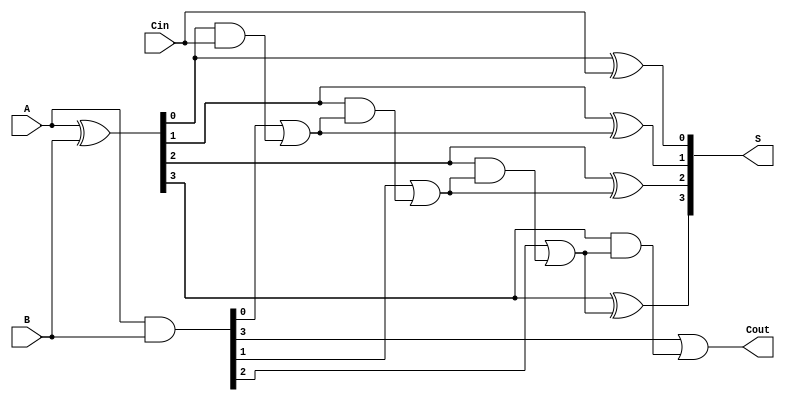
module ParallelPrefixAdder #(parameter N = 4) (
    input  wire [N-1:0] A,      // First n-bit binary number
    input  wire [N-1:0] B,      // Second n-bit binary number
    input  wire Cin,             // Carry-in bit
    output wire [N-1:0] S,       // n-bit sum output
    output wire Cout             // Carry-out bit
);

// Generate and Propagate signals
wire [N-1:0] G; // Generate signals
wire [N-1:0] P; // Propagate signals
wire [N:0] C;   // Carry signals (C[0] = Cin)

// Generate and Propagate computations
assign G = A & B;                 // G[i] = A[i] AND B[i]
assign P = A ^ B;                 // P[i] = A[i] XOR B[i]
assign C[0] = Cin;                // Initial carry-in

// Carry computation using carry lookahead logic
genvar i;
generate
    for (i = 0; i < N; i = i + 1) begin : carry_logic
        if (i == 0) begin
            assign C[i + 1] = G[i] | (P[i] & C[i]); // C[1] = G[0] + (P[0] * C[0])
        end else begin
            assign C[i + 1] = G[i] | (P[i] & C[i]); // C[i+1] = G[i] + (P[i] * C[i])
        end
    end
endgenerate

// Sum calculation
generate
    for (i = 0; i < N; i = i + 1) begin : sum_logic
        assign S[i] = P[i] ^ C[i]; // S[i] = P[i] XOR C[i]
    end
endgenerate

// Final carry-out
assign Cout = C[N]; // Cout is the final carry

endmodule